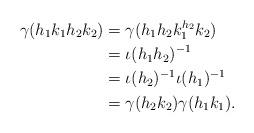
LaTeX: \begin{align*} \gamma(h_{1} k_{1} h_{2} k_{2}) &= \gamma(h_{1} h_{2} k_{1}^{h_{2}} k_{2}) \\&= \iota(h_{1} h_{2})^{-1} \\&= \iota(h_{2})^{-1} \iota(h_{1})^{-1} \\&= \gamma( h_{2} k_{2}) \gamma(h_{1} k_{1}) . \end{align*}